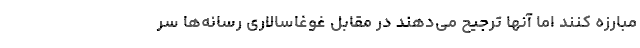
مبارزه کنند اما آنها ترجیح می‌دهند در مقابل غوغاسالاری رسانه‌ها سر